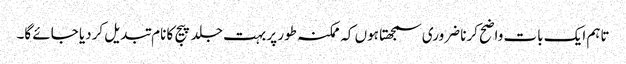
تاہم ایک بات واضح کرنا ضروری سمجھتا ہوں کہ ممکنہ طور پر بہت جلد پیج کا نام تبدیل کردیا جائے گا۔